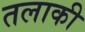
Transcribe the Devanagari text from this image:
तलाकी